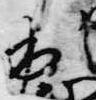
出